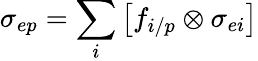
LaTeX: \sigma_{ep}=\sum_{i}\left[f_{i/p}\otimes\sigma_{ei}\right]